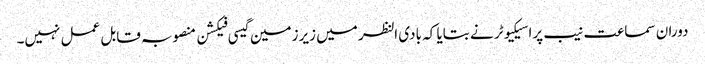
دوران سماعت نیب پراسیکیوٹر نے بتایا کہ بادی النظر میں زیرزمین گیسی فیکشن منصوبہ قابل عمل نہیں۔